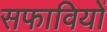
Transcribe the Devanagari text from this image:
सफावियों